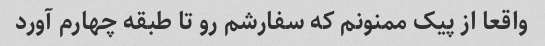
واقعا از پیک ممنونم که سفارشم رو تا طبقه چهارم آورد